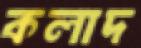
কলাদ